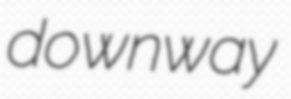
downway